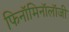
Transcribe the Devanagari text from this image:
फिनॉमिनॉलॉजी